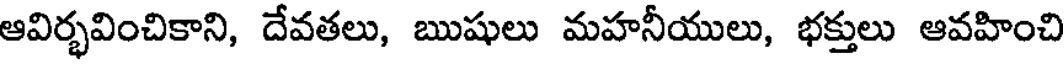
ఆవిర్భవించికాని, దేవతలు, ఋషులు మహనీయులు, భక్తులు ఆవహించి